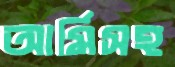
আর্মিসহ